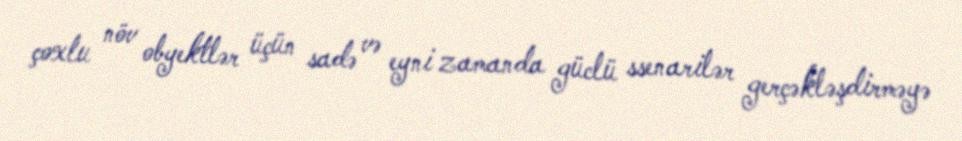
çoxlu növ obyektlər üçün sadə və eyni zamanda güclü ssenarilər gerçəkləşdirməyə